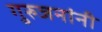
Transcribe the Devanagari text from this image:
गुरुजनांनी